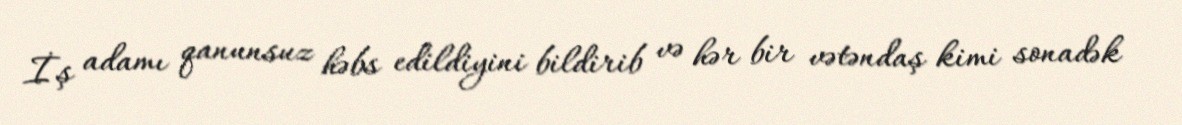
İş adamı qanunsuz həbs edildiyini bildirib və hər bir vətəndaş kimi sonadək